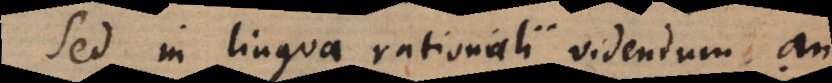
Sed in lingua rationali videndum an